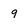
Character: 9